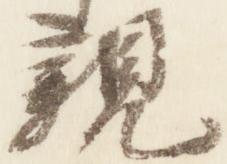
親